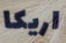
اريكا